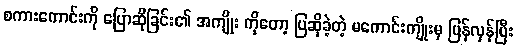
စကားကောင်းကို ပြောဆိုခြင်း၏ အကျိုး ကိုတော့ ပြဆိုခဲ့တဲ့ မကောင်းကျိုးမှ ပြန်လှန်ပြီး